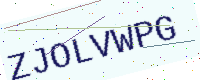
Text: ZJOLVWPG